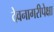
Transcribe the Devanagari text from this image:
देवनागरीपेक्षा